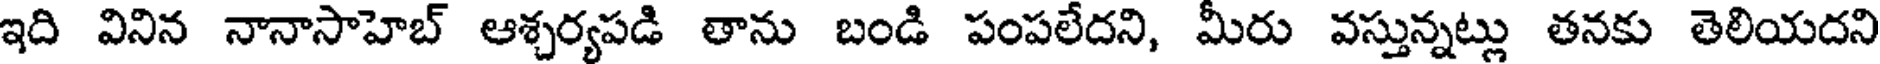
ఇది వినిన నానాసాహెబ్ ఆశ్చర్యపడి తాను బండి పంపలేదని, మీరు వస్తున్నట్లు తనకు తెలియదని